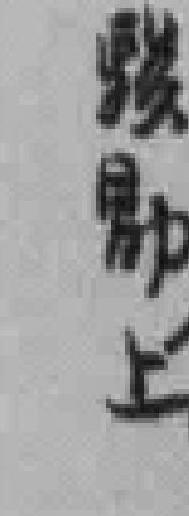
*勖上